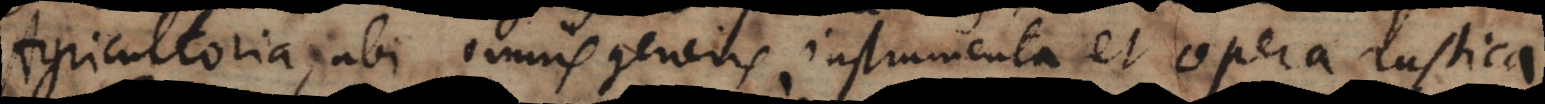
Agricultoria, ubi omnis generis instrumenta et opera rustica.